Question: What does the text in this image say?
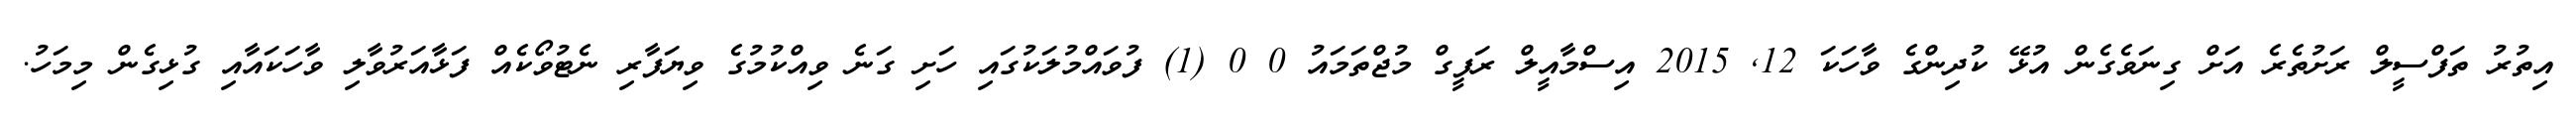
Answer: އިތުރު ތަފްސީލް ރަށުތެރެ އަށް ގިނަވެގެން އުޅޭ ކުދިންގެ ވާހަކަ 12, 2015 އިސްމާއީލް ރަފީގް މުޖްތަމައު 0 0 (1) ފުވައްމުލަކުގައި ހަށި ގަނެ ވިއްކުމުގެ ވިޔަފާރި ނެޓުވޯކެއް ފަޅާއަރުވާލި ވާހަކައާއި ގުޅިގެން މިމަހު.